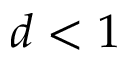
d < 1